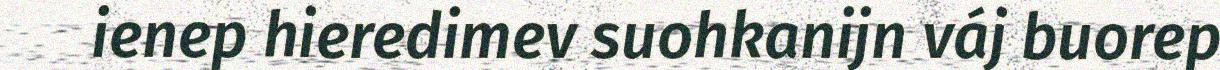
ienep hieredimev suohkanijn váj buorep